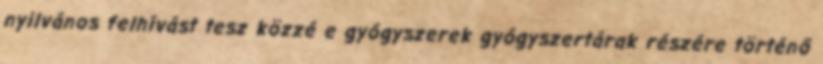
nyilvános felhívást tesz közzé e gyógyszerek gyógyszertárak részére történő